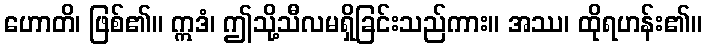
ဟောတိ၊ ဖြစ်၏။ ဣဒံ၊ ဤသို့သီလမရှိခြင်းသည်ကား။ အဿ၊ ထိုရဟန်း၏။